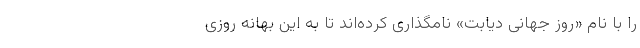
را با نام «روز جهانی دیابت» نامگذاری کرده‌اند تا به این بهانه روزی